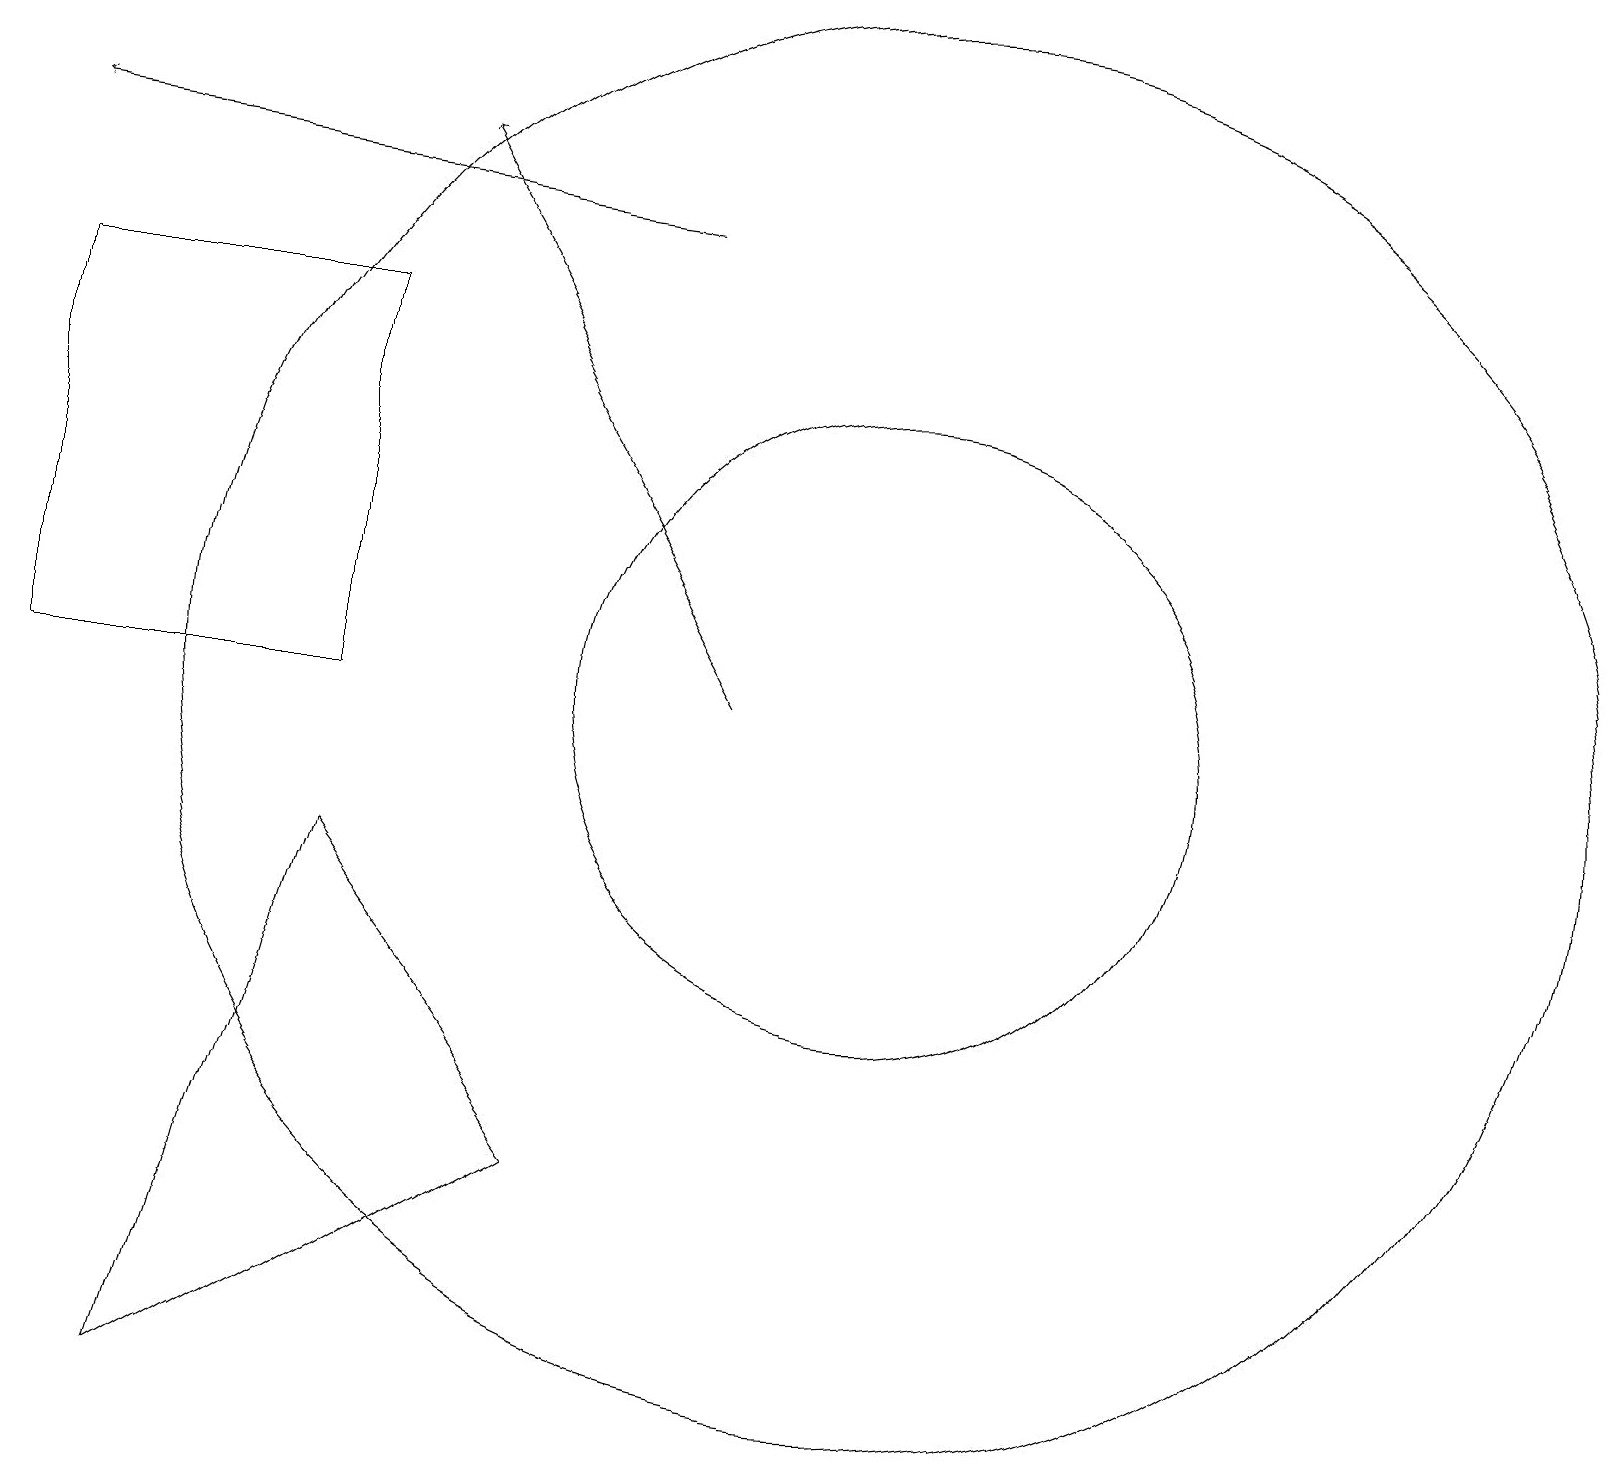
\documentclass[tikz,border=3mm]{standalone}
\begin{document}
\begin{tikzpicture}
\draw (11,11) circle (4);
\draw (4,9) -- (7,5) -- (2,2) -- cycle;
\draw[->] (9,11) -- (5,18);
\draw[->] (8,17) -- (0,18);
\draw (11,11) circle (9);
\draw (4,11) rectangle (0,16);
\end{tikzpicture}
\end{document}